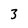
Character: 3